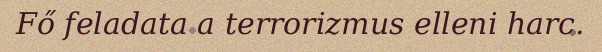
Fő feladata a terrorizmus elleni harc.